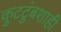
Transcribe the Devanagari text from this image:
कुटटुंबशाही